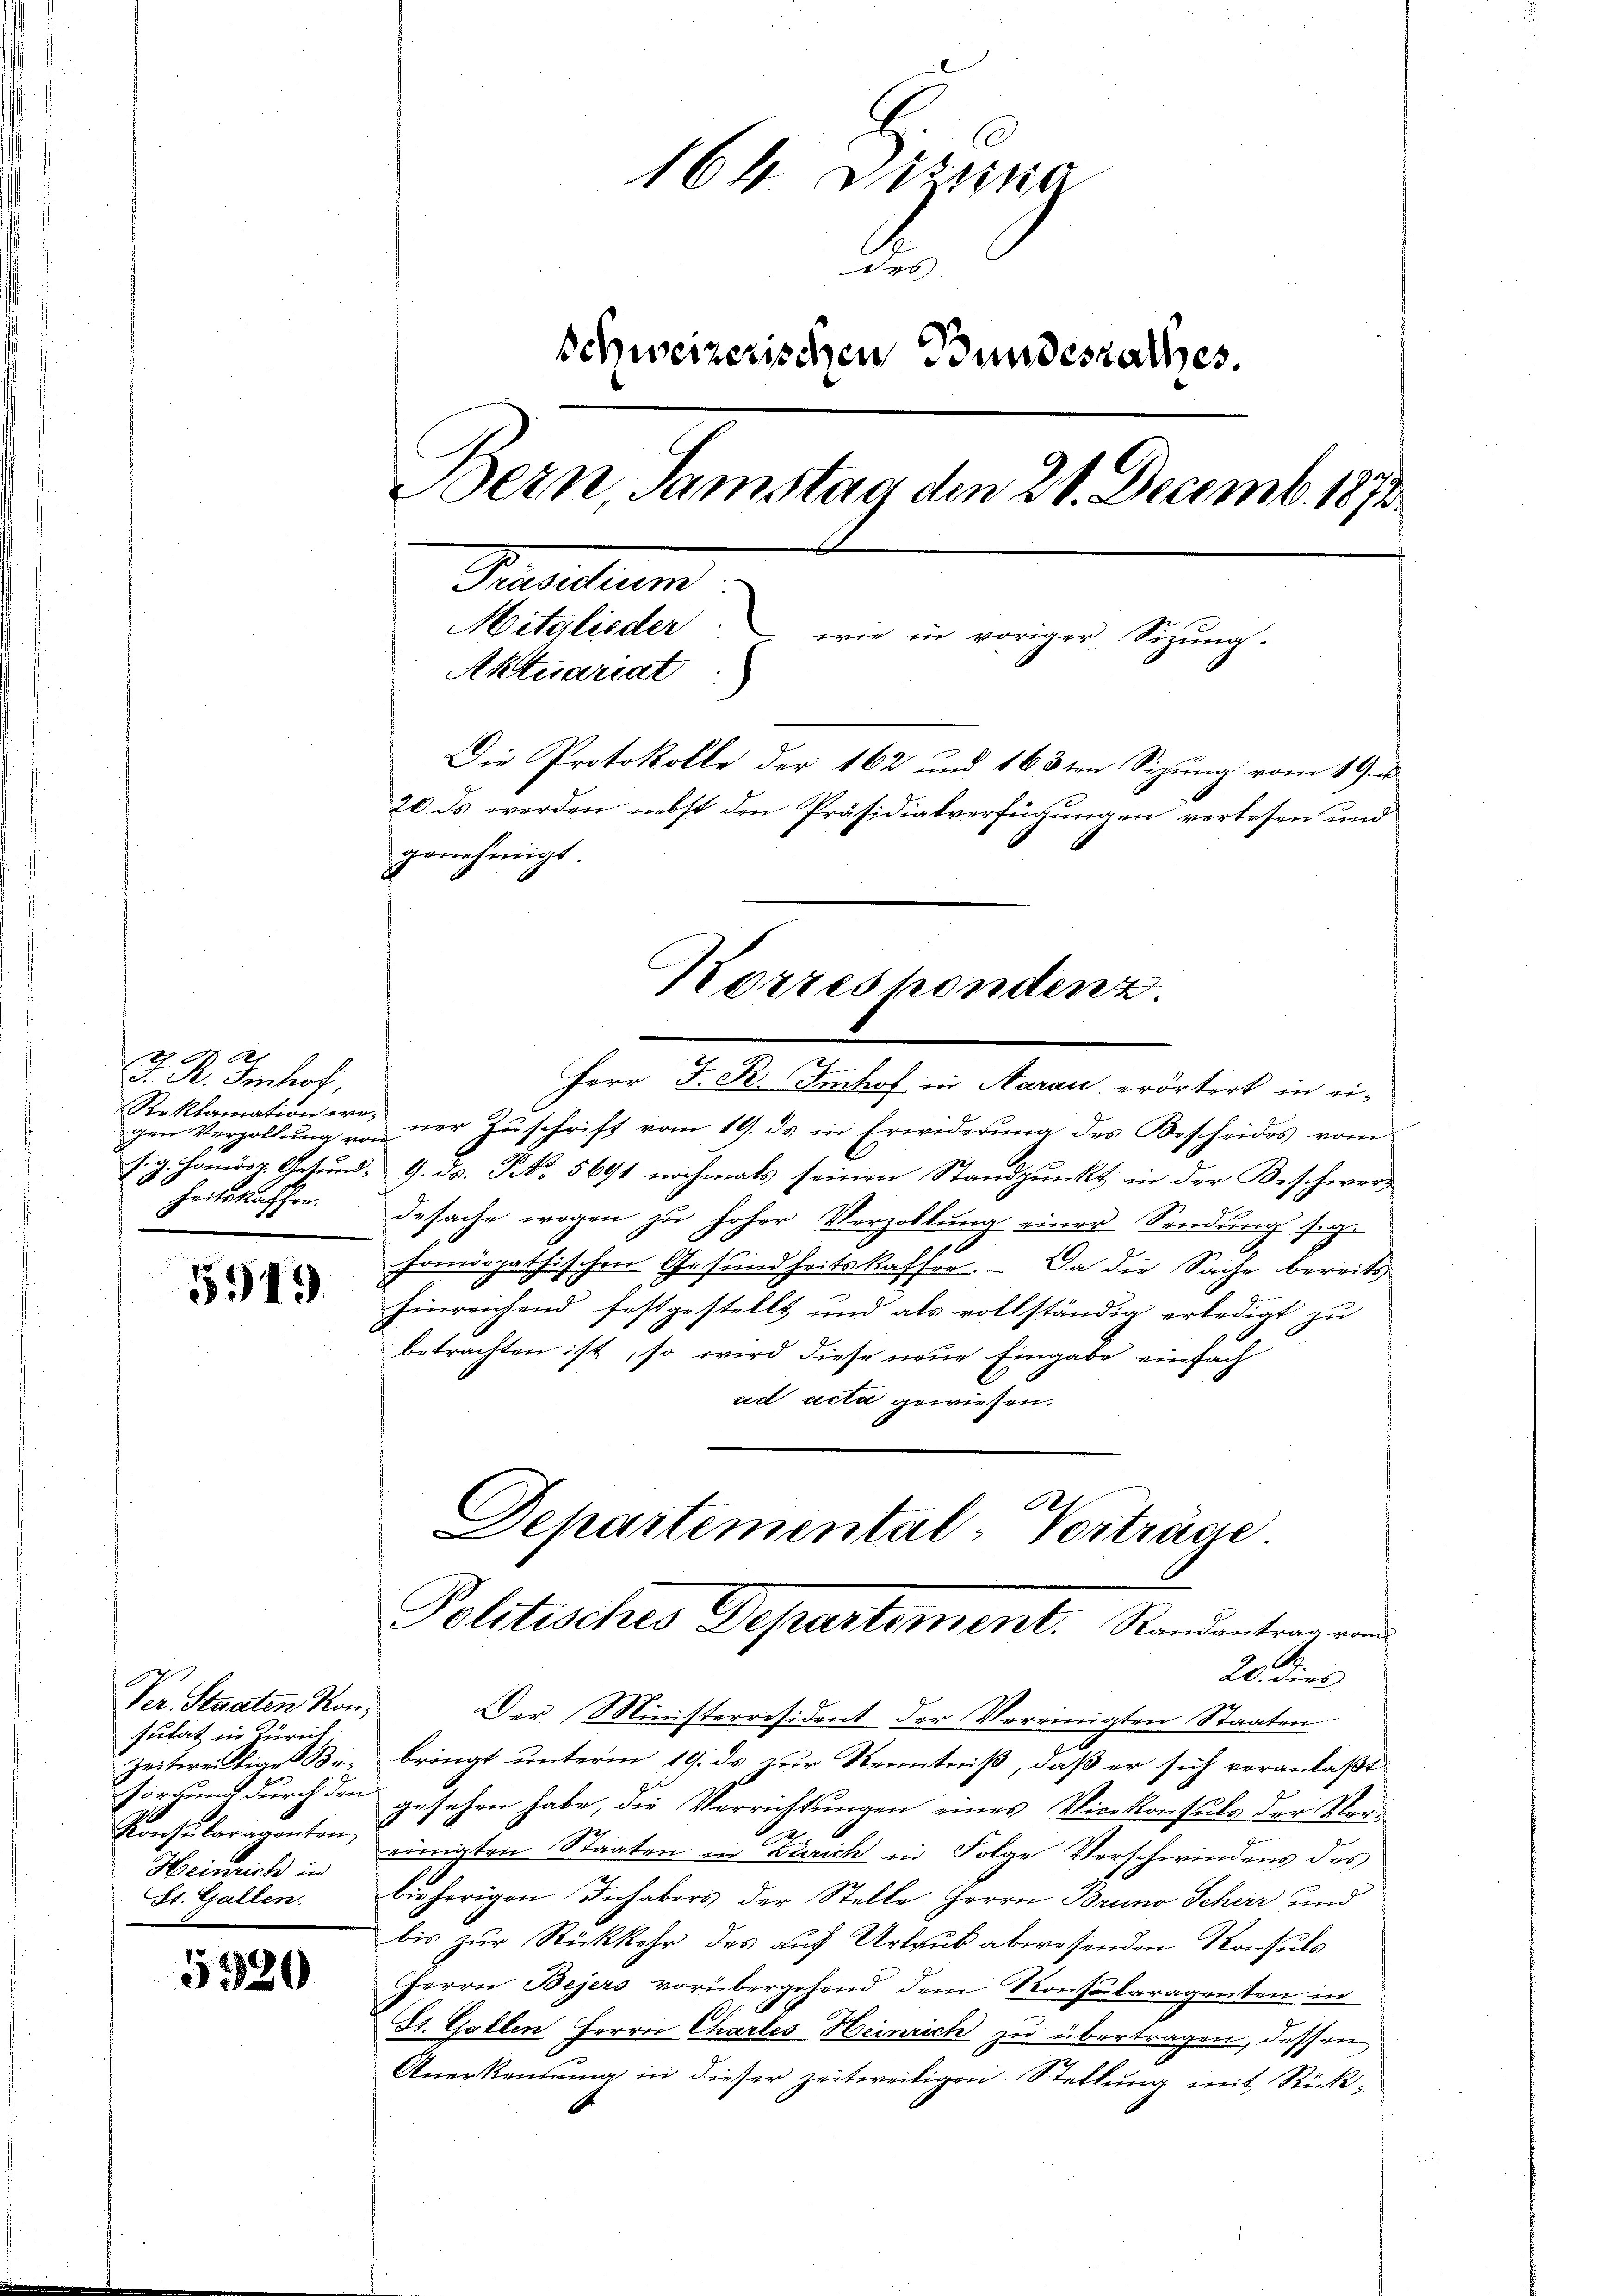
t 94 Ar
F. R. Imhof,
Reklamation ern,
gen Verhaltung von
heitskaffen.
.

5949.

Ver. Staaten Konsulat in Zürich.
Zeitweitige Br
Heinrich in
St. Gallen.

5920

164 Sistina
Schweizerischen Bundesrathes.
Bern, Samstag den 21. Decemb. 1873.
Praesiduum
Mitglieder. wie in voriger Sitzŭng.
Aktuariat
Die Protokolle der 162 und 163ten Sizung vom 19. u.
20. ds werden nebst den Präsidialverfügungen verlesen und
genehmigt.

Herr J. K. Imhof in Aarau erörtert in ei-
ner Zuschrift vom 19. ds in Erwiderung des Bescheides vom
s. g. Homösz. Gesund 9. ds. No. 5691 nochmals seinen Standpunkt in der Beschwerdesache wegen zu hoher Verzollung einer Sendung s. ge
horndopathischen Gesundheitskaffen. – Da die Sache bereits
ni wir
hinreichend festgestellt und als vollständig erledigt zu
betrachten ist, so wird diese neue Eingabe einfach
ad acta gewiesen.
Departemental-Vorträge

Korreshendenz.

Der Ministerresident der Vereinigten Staaten
bringt unterm 19. ds zur Kenntniß, daß er sich veranlaßt
sorgung durch den gesehen habe, die Verrichtungen eines Vicekonsuls der Ver¬
Konsularagenten, einigten Staaten in Zürich in Folge Verschwindens des
bisherigen Inhabers der Stelle Herrn Bruno Scherr und
bis zŭr Rückkehr des auf Urlaub abwesenden Konsuls
HHerrn Bejers vorübergehend dem Konsularagenten in
St. Gallen Herrn Chartes Heinrich zu übertragen, dessen
Anerkennung in dieser zeitweiligen Stellung mit Rück¬

Politisches Departement. Standeantrag und
20. dies